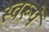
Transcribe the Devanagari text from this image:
स्वरूपें